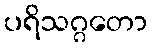
ပရိသဂ္ဂတော